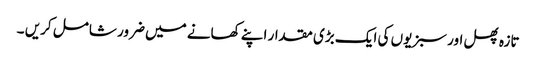
تازہ پھل اور سبزیوں کی ایک بڑی مقدار اپنے کھانے میں ضرور شامل کریں ۔